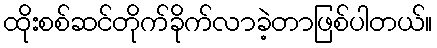
ထိုးစစ်ဆင်တိုက်ခိုက်လာခဲ့တာဖြစ်ပါတယ်။